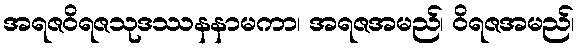
အရဇဝိရဇသုဒဿနနာမကာ၊ အရဇအမည်၊ ဝိရဇအမည်၊